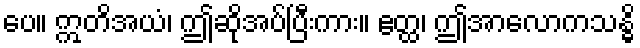
ပေ။ ဣတိအယံ၊ ဤဆိုအပ်ပြီးကား။ ဧတ္ထ၊ ဤအာလောကသန္ဓိ